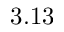
3 . 1 3